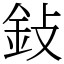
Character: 鈙